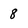
Character: 8